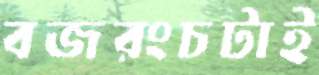
বজরংচটাই